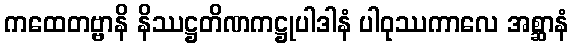
ကထေတဗ္ဗာနိ နိဿဋ္ဌတိဏကဋ္ဌုပါဒါနံ ပါဝုဿကာလေ အစ္ဆာနံ